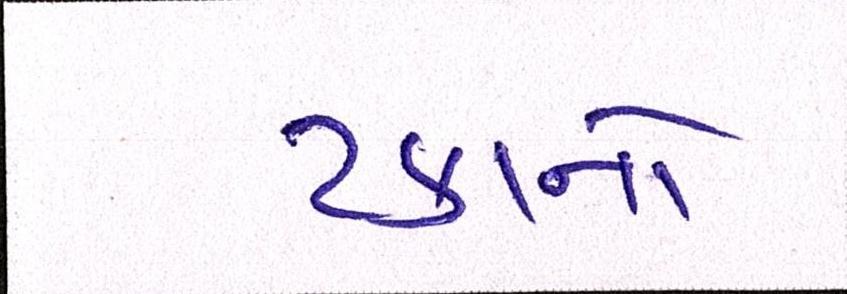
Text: ટકાનો